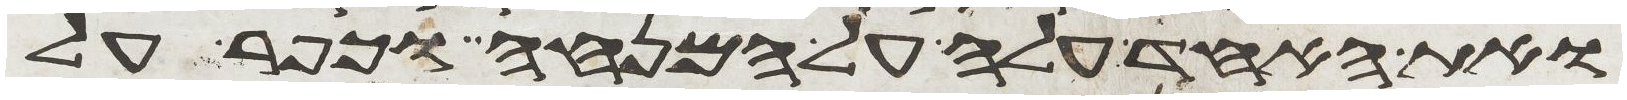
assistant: ואת האחד עלה על המנחה וכפר על